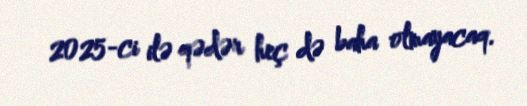
2025-ci ilə qədər heç də baha olmayacaq.